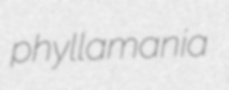
phyllamania